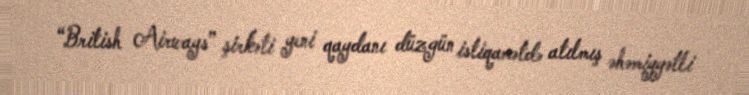
“British Airways” şirkəti yeni qaydanı düzgün istiqamətdə atılmış əhəmiyyətli